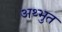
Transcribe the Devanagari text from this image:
अथ्भुत